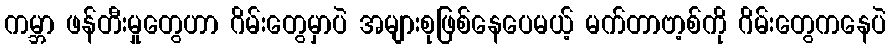
ကမ္ဘာ ဖန်တီးမှုတွေဟာ ဂိမ်းတွေမှာပဲ အများစုဖြစ်နေပေမယ့် မက်တာဗာ့စ်ကို ဂိမ်းတွေကနေပဲ